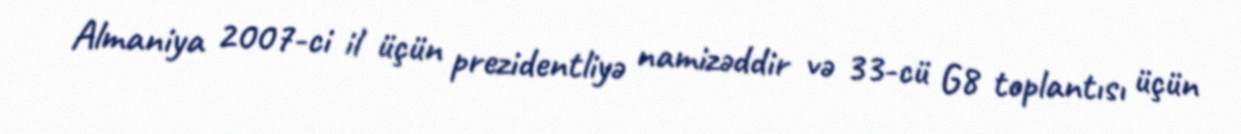
Almaniya 2007-ci il üçün prezidentliyə namizəddir və 33-cü G8 toplantısı üçün